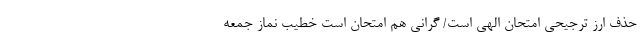
حذف ارز ترجیحی امتحان الهی است/ گرانی هم امتحان است خطیب نماز جمعه